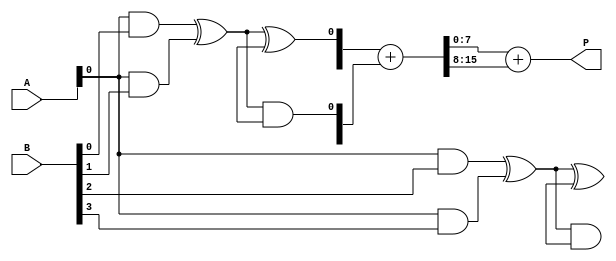
module async_wallace_tree_multiplier #(parameter A_WIDTH = 4, B_WIDTH = 4)(
    input [A_WIDTH-1:0] A,
    input [B_WIDTH-1:0] B,
    output reg [A_WIDTH + B_WIDTH - 1:0] P
);

    // Generate Partial Products
    wire [A_WIDTH * B_WIDTH - 1:0] partial_products;
    
    genvar i, j;
    generate
        for (i = 0; i < A_WIDTH; i = i + 1) begin : pp_gen
            for (j = 0; j < B_WIDTH; j = j + 1) begin : pp_gen_inner
                assign partial_products[i * B_WIDTH + j] = A[i] & B[j];
            end
        end
    endgenerate

    // Wallace Tree Reduction
    wire [A_WIDTH * B_WIDTH - 1:0] sum;
    wire [A_WIDTH * B_WIDTH - 1:0] carry;

    // Stage 1: Combine Partial Products
    wire [A_WIDTH * B_WIDTH - 1:0] stage1_sum;
    wire [A_WIDTH * B_WIDTH - 1:0] stage1_carry;

    generate
        for (i = 0; i < A_WIDTH * B_WIDTH / 2; i = i + 1) begin : stage1
            if (i % 2 == 0) begin
                assign stage1_sum[i] = partial_products[i] ^ partial_products[i + 1];
                assign stage1_carry[i] = partial_products[i] & partial_products[i + 1];
            end
        end
    endgenerate

    // Stage 2: Combine Sums and Carries
    wire [A_WIDTH * B_WIDTH - 1:0] stage2_sum;
    wire [A_WIDTH * B_WIDTH - 1:0] stage2_carry;

    generate
        for (i = 0; i < A_WIDTH * B_WIDTH / 4; i = i + 1) begin : stage2
            if (i % 2 == 0) begin
                assign stage2_sum[i] = stage1_sum[i] ^ stage1_sum[i + 1];
                assign stage2_carry[i] = stage1_sum[i] & stage1_sum[i + 1];
            end
        end
    endgenerate

    // Final Summation Stage
    wire [A_WIDTH + B_WIDTH - 1:0] final_sum;
    wire [A_WIDTH + B_WIDTH - 1:0] final_carry;

    // Using a simple adder for final stage
    assign {final_carry, final_sum} = stage2_sum + stage2_carry;

    // Output the final product
    always @(*) begin
        P = final_sum + final_carry;
    end

endmodule